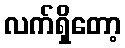
လက်ရှိတော့